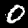
Label: 0